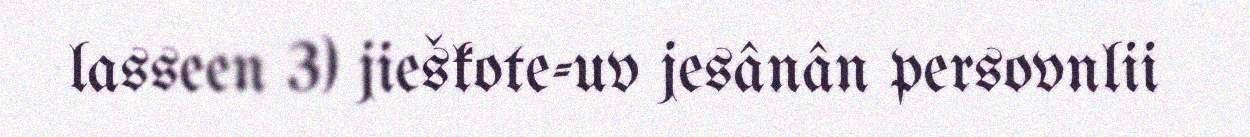
lasseen 3) jieškote-uv jesânân persovnlii